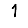
Digit: 1